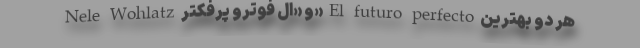
Nele Wohlatz و «اِل فوترو پرفکتر» El futuro perfecto هر دو بهترین